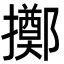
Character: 擲